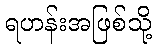
ရဟန်းအဖြစ်သို့